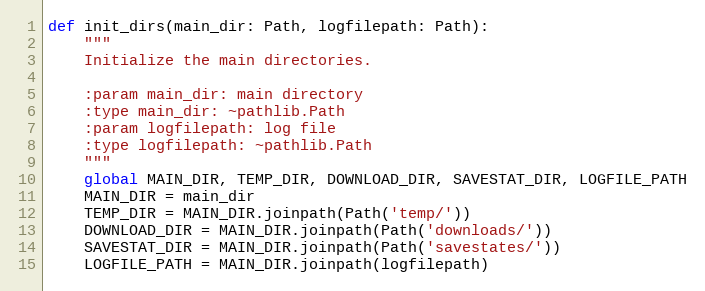
Language: Python
def init_dirs(main_dir: Path, logfilepath: Path):
    """
    Initialize the main directories.

    :param main_dir: main directory
    :type main_dir: ~pathlib.Path
    :param logfilepath: log file
    :type logfilepath: ~pathlib.Path
    """
    global MAIN_DIR, TEMP_DIR, DOWNLOAD_DIR, SAVESTAT_DIR, LOGFILE_PATH
    MAIN_DIR = main_dir
    TEMP_DIR = MAIN_DIR.joinpath(Path('temp/'))
    DOWNLOAD_DIR = MAIN_DIR.joinpath(Path('downloads/'))
    SAVESTAT_DIR = MAIN_DIR.joinpath(Path('savestates/'))
    LOGFILE_PATH = MAIN_DIR.joinpath(logfilepath)